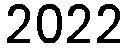
2022